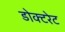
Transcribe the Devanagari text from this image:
डोक्टरेट